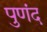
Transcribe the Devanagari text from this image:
पुणंद